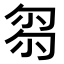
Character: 𠣧